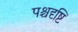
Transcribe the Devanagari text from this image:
पश्चदृष्टि